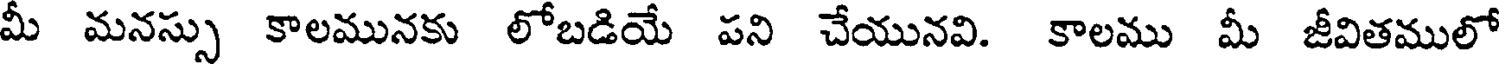
మీ మనస్సు కాలమునకు లోబడియే పని చేయునవి. కాలము మీ జీవితములో